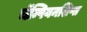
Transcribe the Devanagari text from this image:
चॅम्पियनशिप्स